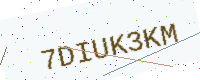
Text: 7DIUK3KM